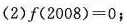
（2）$$f ( 2 0 0 8 ) = 0$$；